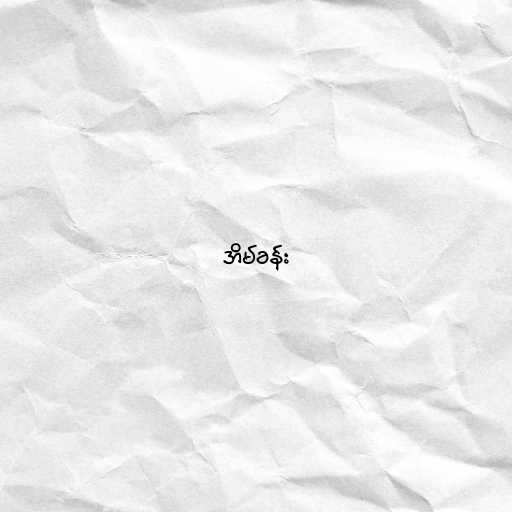
အိမ်ခန်း